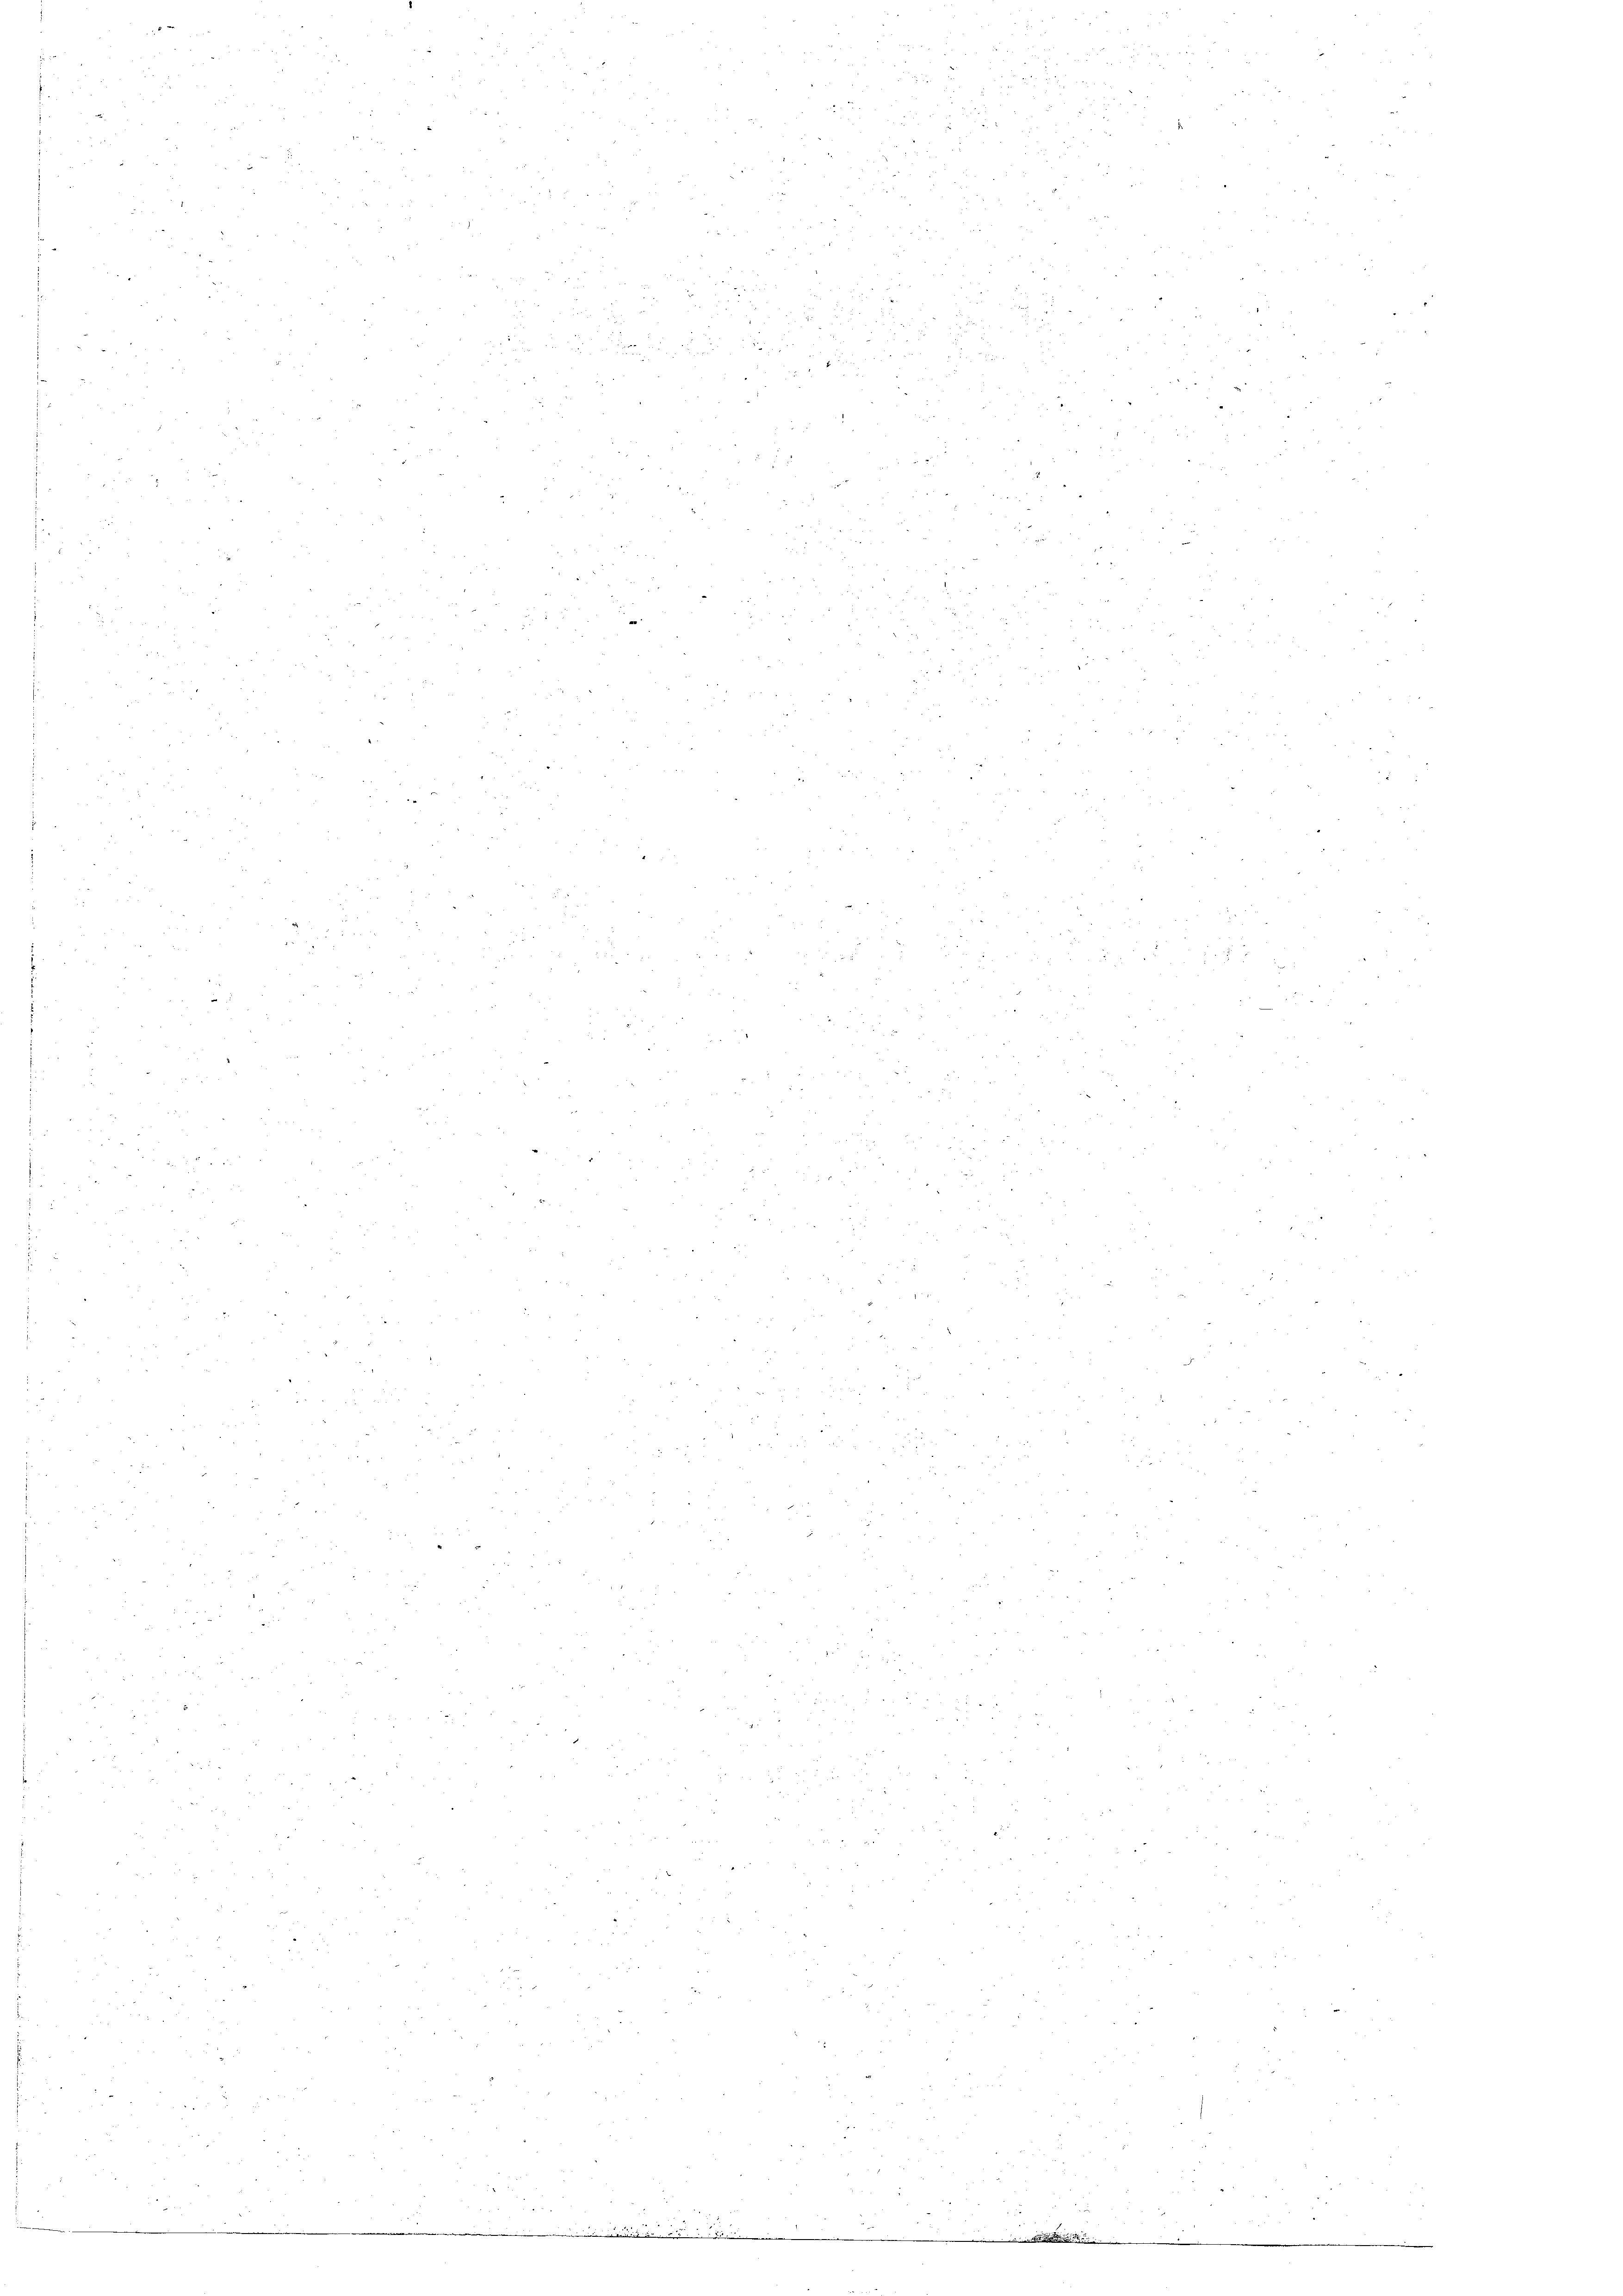
a